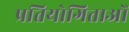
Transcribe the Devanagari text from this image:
प्रतियोगिताओँ